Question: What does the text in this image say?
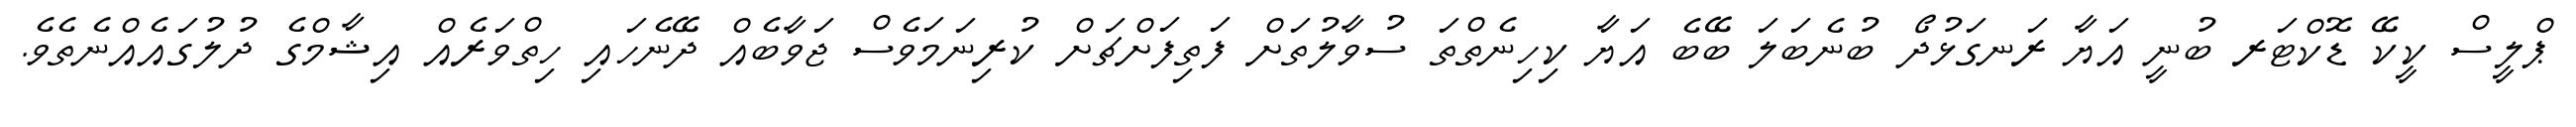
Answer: ޕްލީސް ކީކޭ ޑޮކްޓަރ ބުނީ އަޔާ ރަނގަޅުދޯ ބުނެބަލަ ބޭބެ އަޔާ ކިހިނެތްތަ ސުވާލުތަށް ފަތިފަށްޗަށް ކުރިނަމަވެސް ޖަވާބެއް ދޭނެހައި ހިތްވަރެއް އިޝާމްގެ ދުލުގައެއްނެތެވެ.